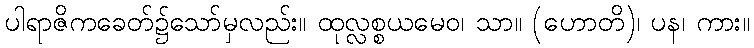
ပါရာဇိကခေတ်၌သော်မှလည်း။ ထုလ္လစ္စယမေဝ၊ သာ။ (ဟောတိ)၊ ပန၊ ကား။